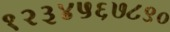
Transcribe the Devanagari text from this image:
१२३४५६७८९०